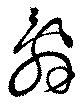
辭